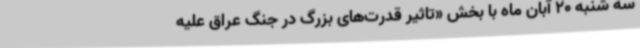
سه شنبه 20 آبان ماه با بخش «تاثیر قدرت‌های بزرگ در جنگ عراق علیه